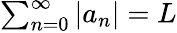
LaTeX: \textstyle\sum_{n=0}^{\infty}\left|a_{n}\right|=L